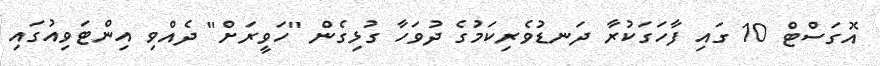
އޮގަސްޓް 10 ގައި ފާހަގަކުރާ ދަނޑުވެރިކަމުގެ ދުވަހާ ގުޅިގެން "ހަވީރަށް" ދެއްވި އިންޓަވިއުގައި